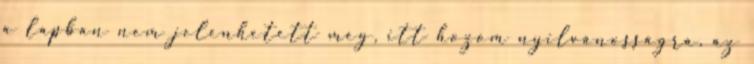
a lapban nem jelenhetett meg, itt hozom nyilvánosságra, az